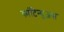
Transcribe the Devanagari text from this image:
कांटिन्युअस